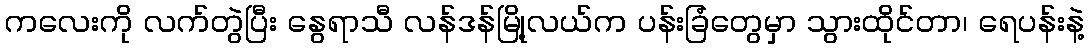
ကလေးကို လက်တွဲပြီး နွေရာသီ လန်ဒန်မြို့လယ်က ပန်းခြံတွေမှာ သွားထိုင်တာ၊ ရေပန်းနဲ့